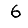
Digit: 6